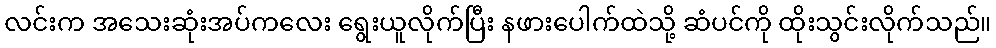
လင်းက အသေးဆုံးအပ်ကလေး ရွေးယူလိုက်ပြီး နဖားပေါက်ထဲသို့ ဆံပင်ကို ထိုးသွင်းလိုက်သည်။